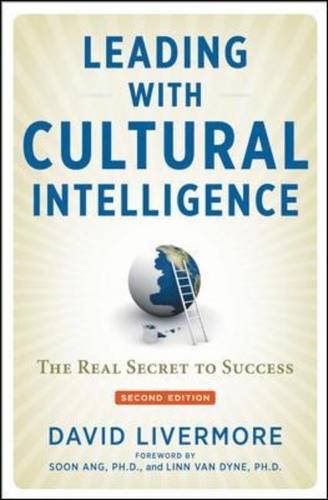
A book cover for Leading with Cultural Intelligence: The Real Secret to Success; David Livermore Ph.D.; Business & Money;